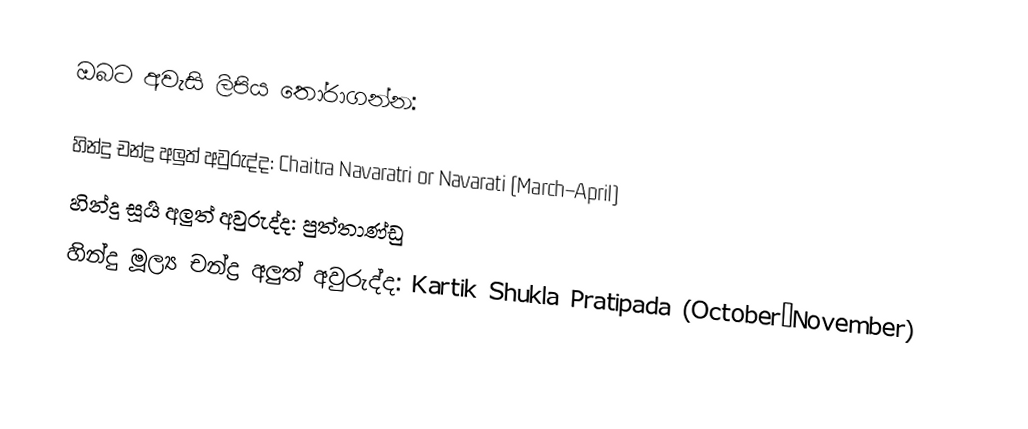
ඔබට අවැසි ලිපිය තෝරාගන්න:

 හින්දු චන්ද්‍ර අලුත් අවුරුද්ද: Chaitra Navaratri or Navarati (March–April)
 හින්දු සූර්‍ය අලුත් අවුරුද්ද: පුත්තාණ්ඩු
 හින්දු මූල්‍ය චන්ද්‍ර අලුත් අවුරුද්ද: Kartik Shukla Pratipada (October–November)